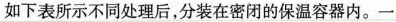
如下表所示不同处理后，分装在密闭的保温容器内。一